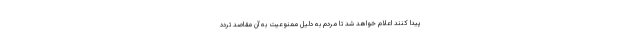
پیدا کنند اعلام خواهد شد تا مردم به دلیل ممنوعیت به آن مقاصد تردد